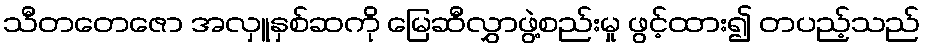
သီတတေဇော အလှူနှစ်ဆကို မြေဆီလွှာဖွဲ့စည်းမှု ဖွင့်ထား၍ တပည့်သည်